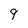
Character: 9